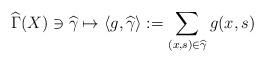
LaTeX: \begin{align*}\widehat{\Gamma }(X)\ni \widehat{\gamma }\mapsto \left\langle g,\widehat{\gamma }\right\rangle :=\sum_{(x,s)\in \widehat{\gamma }}g(x,s) \end{align*}